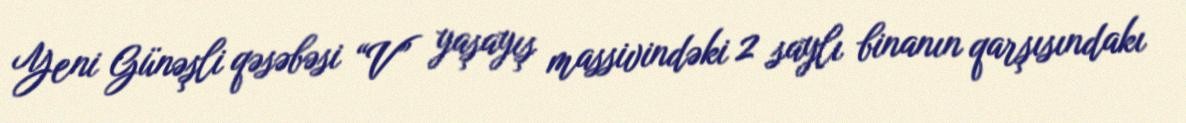
Yeni Günəşli qəsəbəsi “V” yaşayış massivindəki 2 saylı binanın qarşısındakı